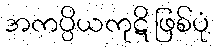
အကပ္ပိယကုဋိ ဖြစ်ပုံ